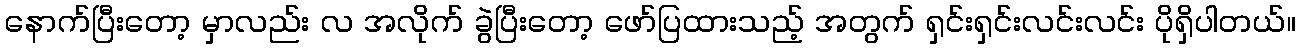
နောက်ပြီးတော့ မှာလည်း လ အလိုက် ခွဲပြီးတော့ ဖော်ပြထားသည့် အတွက် ရှင်းရှင်းလင်းလင်း ပိုရှိပါတယ်။